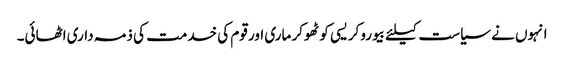
انہوں نے سیاست کیلئے بیوروکریسی کو ٹھوکر ماری اور قوم کی خدمت کی ذمہ داری اٹھائی۔